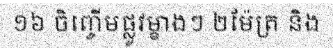
១៦ ចិញ្ចើមផ្លូវម្ខាងៗ ២ម៉ែត្រ និង